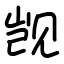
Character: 觊